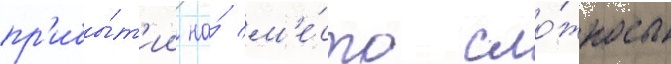
пр'ибы́т'ии на́ м'е́сто сло́жность